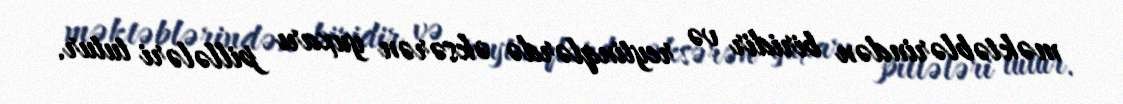
məktəblərindən biridir və reytinqlərdə əksərən yuxarı pillələri tutur.